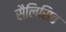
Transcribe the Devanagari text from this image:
सैलिसित